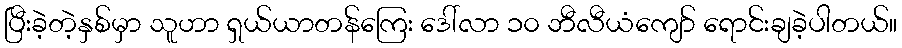
ပြီးခဲ့တဲ့နှစ်မှာ သူဟာ ရှယ်ယာတန်ကြေး ဒေါ်လာ ၁၀ ဘီလီယံကျော် ရောင်းချခဲ့ပါတယ်။